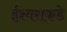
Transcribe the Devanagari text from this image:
ईश्‍वराकडे